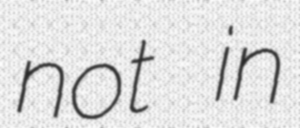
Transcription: not in